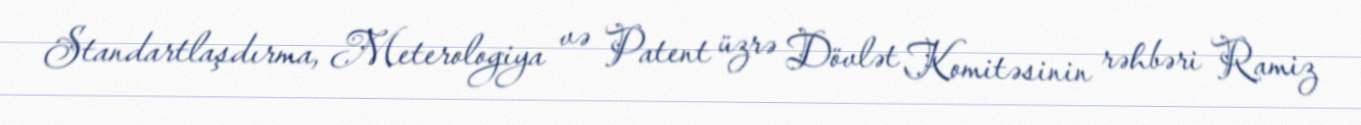
Standartlaşdırma, Meterologiya və Patent üzrə Dövlət Komitəsinin rəhbəri Ramiz